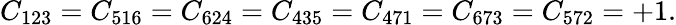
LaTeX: C_{123}=C_{516}=C_{624}=C_{435}=C_{471}=C_{673}=C_{572}=+1.